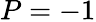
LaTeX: P=-1